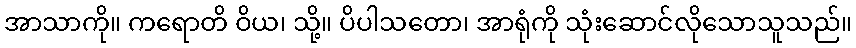
အာသာကို။ ကရောတိ ဝိယ၊ သို့။ ပိပါသတော၊ အာရုံကို သုံးဆောင်လိုသောသူသည်။